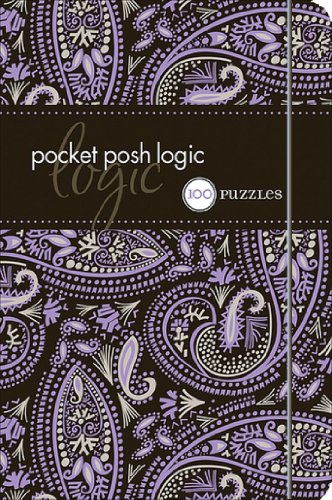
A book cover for Pocket Posh Logic: 100 Puzzles; The Puzzle Society; Humor & Entertainment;